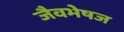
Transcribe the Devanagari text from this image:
जैवभेषज